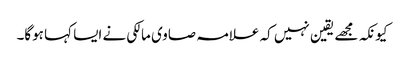
کیونکہ مجھے یقین نہیں کہ علامہ صاوی مالکی نے ایسا کہا ہوگا۔